Report of the Indian Hemp Drugs Commission, 1894-1895 - Volume IV
Year: 1894
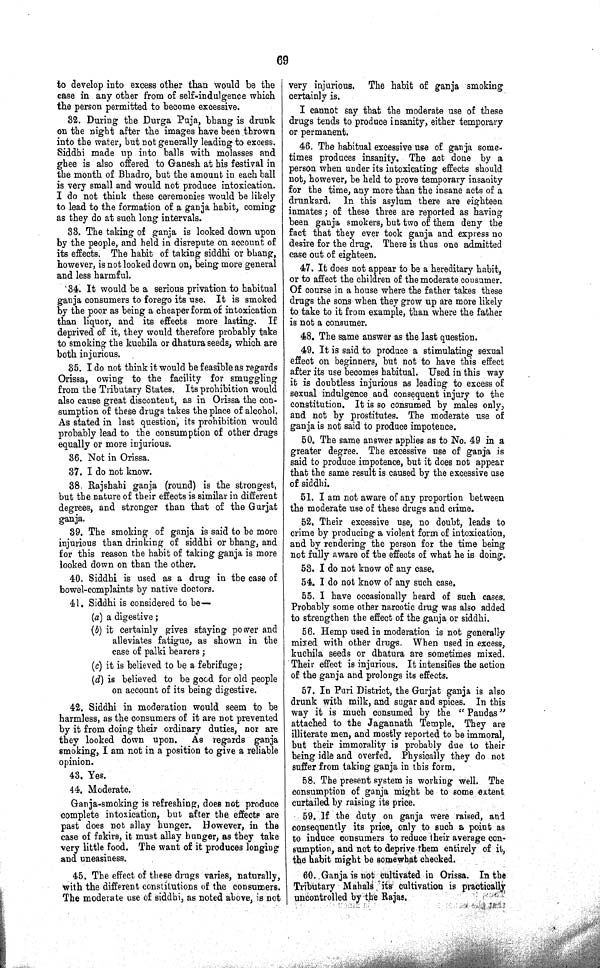
69
to develop into excess other than would be the
case in any other from of self-indulgence which
the person permitted to become excessive.
32. During the Durga Puja, bhang is drunk
on the night after the images have been thrown
into the water, but not generally leading to excess.
Siddhi made up into balls with molasses and
ghee is also offered to Ganesh at his festival in
the month of Bhadro, but the amount in each ball
is very small and would not produce intoxication.
I do not think these ceremonies would be likely
to lead to the formation of a ganja habit, coming
as they do at such long intervals.
33. The taking of ganja is looked down upon
by the people, and held in disrepute on account of
its effects. The habit of taking siddhi or bhang,
however, is not looked down on, being more general
and less harmful.
34. It would be a serious privation to habitual
ganja consumers to forego its use. It is smoked
by the poor as being a cheaper form of intoxication
than liquor, and its effects more lasting. If
deprived of it, they would therefore probably take
to smoking the kuchila or dhatura seeds, which are
both injurious.
35. I do not think it would be feasible as regards
Orissa, owing to the facility for smuggling
from the Tributary States. Its prohibition would
also cause great discontent, as in Orissa the con¬
sumption of these drugs takes the place of alcohol.
As stated in last question, its prohibition would
probably lead to the consumption of other drugs
equally or more injurious.
36. Not in Orissa.
37. I do not know.
38. Rajshahi ganja (round) is the strongest,
but the nature of their effects is similar in different
degrees, and stronger than that of the Gurjat
ganja.
39. The smoking of ganja is said to be more
injurious than drinking of siddhi or bhang, and
for this reason the habit of taking ganja is more
looked down on than the other.
40. Siddhi is used as a drug in the case of
bowel-complaints by native doctors.
41. Siddhi is considered to be—
(a) a digestive;
(b) it certainly gives staying power and
alleviates fatigue, as shown in the
case of palki bearers;
(c) it is believed to be a febrifuge;
(d) is believed to be good for old people
on account of its being digestive.
42. Siddhi in moderation would seem to be
harmless, as the consumers of it are not prevented
by it from doing their ordinary duties, nor are
they looked down upon. As regards ganja
smoking, I am not in a position to give a reliable
opinion.
43. Yes.
44. Moderate.
Ganja-smoking is refreshing, does not produce
complete intoxication, but after the effects are
past does not allay hunger. However, in the
case of fakirs, it must allay hunger, as they take
very little food. The want of it produces longing
and uneasiness.
45. The effect of these drugs varies, naturally,
with the different constitutions of the consumers.
The moderate use of siddhi, as noted above, is not
very injurious. The habit of ganja smoking
certainly is.
I cannot say that the moderate use of these
drugs tends to produce insanity, either temporary
or permanent.
46. The habitual excessive use of ganja some¬
times produces insanity. The act done by a
person when under its intoxicating effects should
not, however, be held to prove temporary insanity
for the time, any more than the insane acts of a
drunkard. In this asylum there are eighteen
inmates; of these three are reported as having
been ganja smokers, but two of them deny the
fact that they ever took ganja and express no
desire for the drug. There is thus one admitted
case out of eighteen.
47. It does not appear to be a hereditary habit,
or to affect the children of the moderate consumer.
Of course in a house where the father takes these
drugs the sons when they grow up are more likely
to take to it from example, than where the father
is not a consumer.
48. The same answer as the last question.
49. It is said to produce a stimulating sexual
effect on beginners, but not to have this effect
after its use becomes habitual. Used in this way
it is doubtless injurious as leading to excess of
sexual indulgence and consequent injury to the
constitution. It is so consumed by males only,
and not by prostitutes. The moderate use of
ganja is not said to produce impotence.
50. The same answer applies as to No. 49 in a
greater degree. The excessive use of ganja is
said to produce impotence, but it does not appear
that the same result is caused by the excessive use
of siddhi.
51. I am not aware of any proportion between
the moderate use of these drugs and crime.
52. Their excessive use, no doubt, leads to
crime by producing a violent form of intoxication,
and by rendering the person for the time being
not fully aware of the effects of what he is doing.
53. I do not know of any case.
54. I do not know of any such case.
55. I have occasionally heard of such cases.
Probably some other narcotic drug was also added
to strengthen the effect of the ganja or siddhi.
56. Hemp used in moderation is not generally
mixed with other drugs. When used in excess,
kuchila seeds or dhatura are someti mes mixed.
Their effect is injurious. It intensifies the action
of the ganja and prolongs its effects.
57. In Puri District, the Gurjat ganja is also
drunk with milk, and sugar and spices. In this
way it is much consumed by the "Pandas"
attached to the Jagannath Temple. They are
illiterate men, and mostly reported to be immoral,
but their immorality is probably due to their
being idle and overfed. Physically they do not
suffer from taking ganja in this form.
58. The present system is working well. The
consumption of ganja might be to some extent
curtailed by raising its price.
59. If the duty on ganja were raised, and
consequently its price, only to such a point as
to induce consumers to reduce their average con¬
sumption, and not to deprive them entirely of it,
the habit might be somewhat checked.
60. Ganja is not cultivated in Orissa. In the
Tributary Mahals its cultivation is practically
uncontrolled by the Rajas.